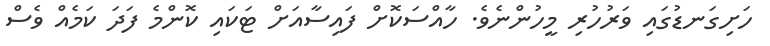
ހަށިގަނޑުގައި ވަރުހުރި މީހުންނެވެ. ހާއްސަކޮށް ފައިސާއަށް ޓަކައި ކޮންމެ ފަދަ ކަމެއް ވެސް